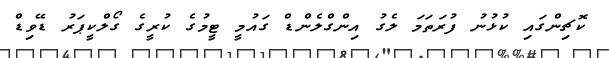
ކޮޗިންގައި ކުޅުނު ފުރަތަމަ ލެގު އިންގްލެންޑް ގައުމީ ޓީމުގެ ކުރީގެ ގޯލްކީޕަރު ޑޭވިޑް